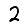
Digit: 2